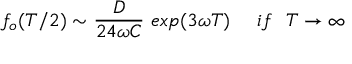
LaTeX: f _ { o } ( T / 2 ) \sim { \frac { D } { 2 4 \omega C } } \ e x p ( 3 \omega T ) \ \ \ \ i f \ \ T \rightarrow \infty